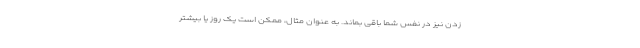
زدن نیز در نفس شما باقی بماند. به عنوان مثال، ممکن است یک روز یا بیشتر